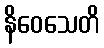
နိဝေသေတိ